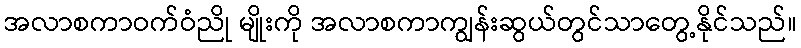
အလာစကာဝက်ဝံညို မျိုးကို အလာစကာကျွန်းဆွယ်တွင်သာတွေ့နိုင်သည်။